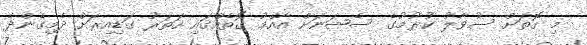
މި ގޮތަށް ސުވާލު ކުރުމުގެ ސެޝަނަށް އާއްމު ގޮތެއްގައި ހަތަރު ގަޑިއިރަށް ދެމިގެންދެ